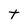
Character: t